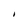
Character: I